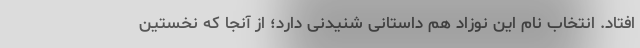
افتاد. انتخاب نام این نوزاد هم داستانی شنیدنی دارد؛ از آنجا که نخستین